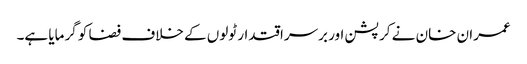
عمران خان نے کرپشن اور برسراقتدار ٹولوں کے خلاف فضا کو گرمایا ہے۔